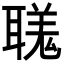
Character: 𦗅